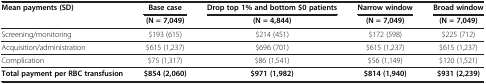
| <ROWSPAN=2> Mean payments (SD) | Base case | Drop top 1% and bottom $0 patients | Narrow window | Broad window |
 | (N = 7,049) | (N = 4,844) | (N = 7,049) | (N = 7,049) |
 | --- | --- | --- | --- | --- |
 | Screening/monitoring | $193 (615) | $214 (451) | $172 (598) | $225 (712) |
 | Acquisition/administration | $615 (1,237) | $696 (701) | $615 (1,237) | $615 (1,237) |
 | Complication | $75 (1,317) | $86 (1,541) | $56 (1,149) | $120 (1,521) |
 | Total payment per RBC transfusion | $854 (2,060) | $971 (1,982) | $814 (1,940) | $931 (2,239) |